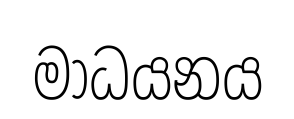
මාධයනය